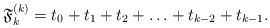
\begin{align*}\mathfrak{F}_k^{(k)}=t_0+t_1+t_2+ \ldots +t_{k-2}+t_{k-1}. \end{align*}